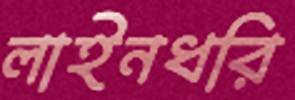
লাইনধরি